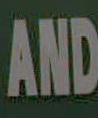
AND